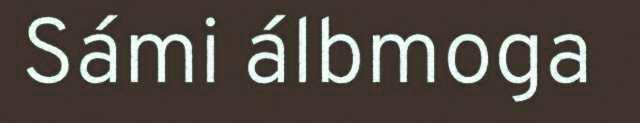
Sámi álbmoga